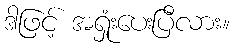
ဒါဖြင့် အရှုံးပေးပြီလား။